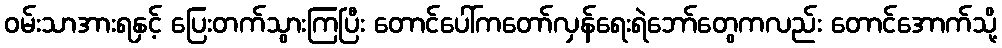
ဝမ်းသာအားရနှင့် ပြေးတက်သွားကြပြီး တောင်ပေါ်ကတော်လှန်ရေးရဲဘော်တွေကလည်း တောင်အောက်သို့